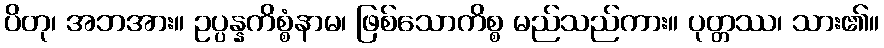
ပိတု၊ အဘအား။ ဥပ္ပန္နကိစ္စံနာမ၊ ဖြစ်သောကိစ္စ မည်သည်ကား။ ပုတ္တဿ၊ သား၏။